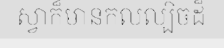
ស្វាក៏មានកលល្បិចដ៏